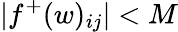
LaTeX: |f^{+}(w)_{ij}|<M